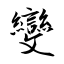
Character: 變